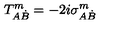
T _ { A \dot { B } } ^ { m } = - 2 i \sigma _ { A \dot { B } } ^ { m }